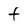
Character: t